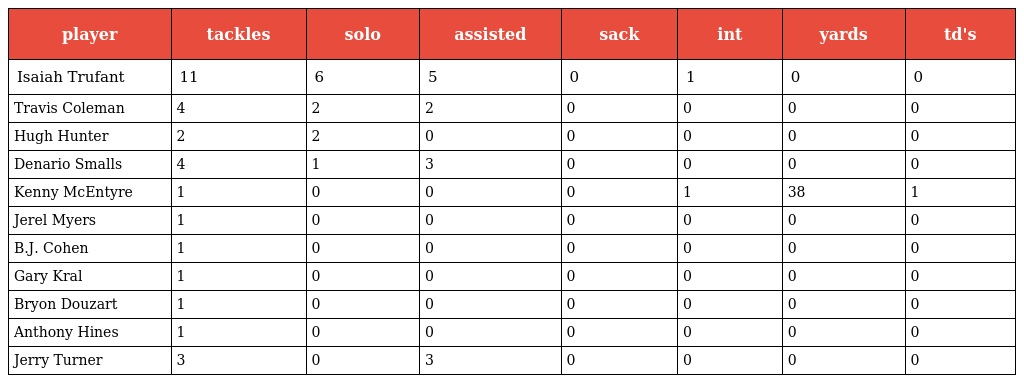
| player | tackles | solo | assisted | sack | int | yards | td's |
 | --- | --- | --- | --- | --- | --- | --- | --- |
 | Isaiah Trufant | 11 | 6 | 5 | 0 | 1 | 0 | 0 |
 | Travis Coleman | 4 | 2 | 2 | 0 | 0 | 0 | 0 |
 | Hugh Hunter | 2 | 2 | 0 | 0 | 0 | 0 | 0 |
 | Denario Smalls | 4 | 1 | 3 | 0 | 0 | 0 | 0 |
 | Kenny McEntyre | 1 | 0 | 0 | 0 | 1 | 38 | 1 |
 | Jerel Myers | 1 | 0 | 0 | 0 | 0 | 0 | 0 |
 | B.J. Cohen | 1 | 0 | 0 | 0 | 0 | 0 | 0 |
 | Gary Kral | 1 | 0 | 0 | 0 | 0 | 0 | 0 |
 | Bryon Douzart | 1 | 0 | 0 | 0 | 0 | 0 | 0 |
 | Anthony Hines | 1 | 0 | 0 | 0 | 0 | 0 | 0 |
 | Jerry Turner | 3 | 0 | 3 | 0 | 0 | 0 | 0 |